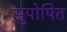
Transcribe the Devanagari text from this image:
सुपोषित